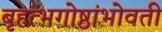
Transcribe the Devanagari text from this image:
बृहत्भगोष्ठांभोवती